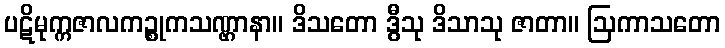
ပဋိမုက္ကဇာလကဉ္စုကသဏ္ဌာနာ။ ဒိသတော ဒွီသု ဒိသာသု ဇာတာ။ ဩကာသတော